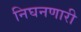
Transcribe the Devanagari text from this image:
निघनणारी